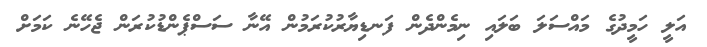
އަލީ ހަމީދުުގެ މައްސަލަ ބަލައި ނިމެންދެން ފަނޑިޔާރުކުރަމުން އޭނާ ސަސްޕެންޑުކުރަން ޖެހޭނެ ކަމަށް